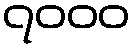
၇၀၀၀